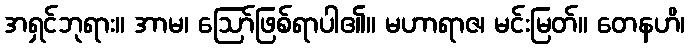
အရှင်ဘုရား။ အာမ၊ ဩော်ဖြစ်ရာပါ၏။ မဟာရာဇ၊ မင်းမြတ်။ တေနဟိ၊